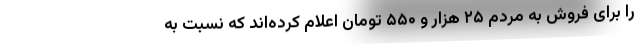
را برای فروش به مردم ۲۵ هزار و ۵۵۰ تومان اعلام کرده‌اند که نسبت به